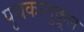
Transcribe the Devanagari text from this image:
पृथकानुकूल